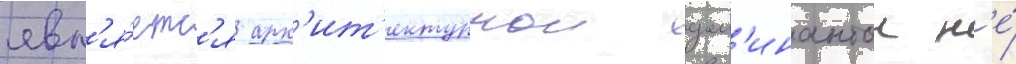
явл'я́етс'я арх'ит'ектурнои дом'инантои н'е́